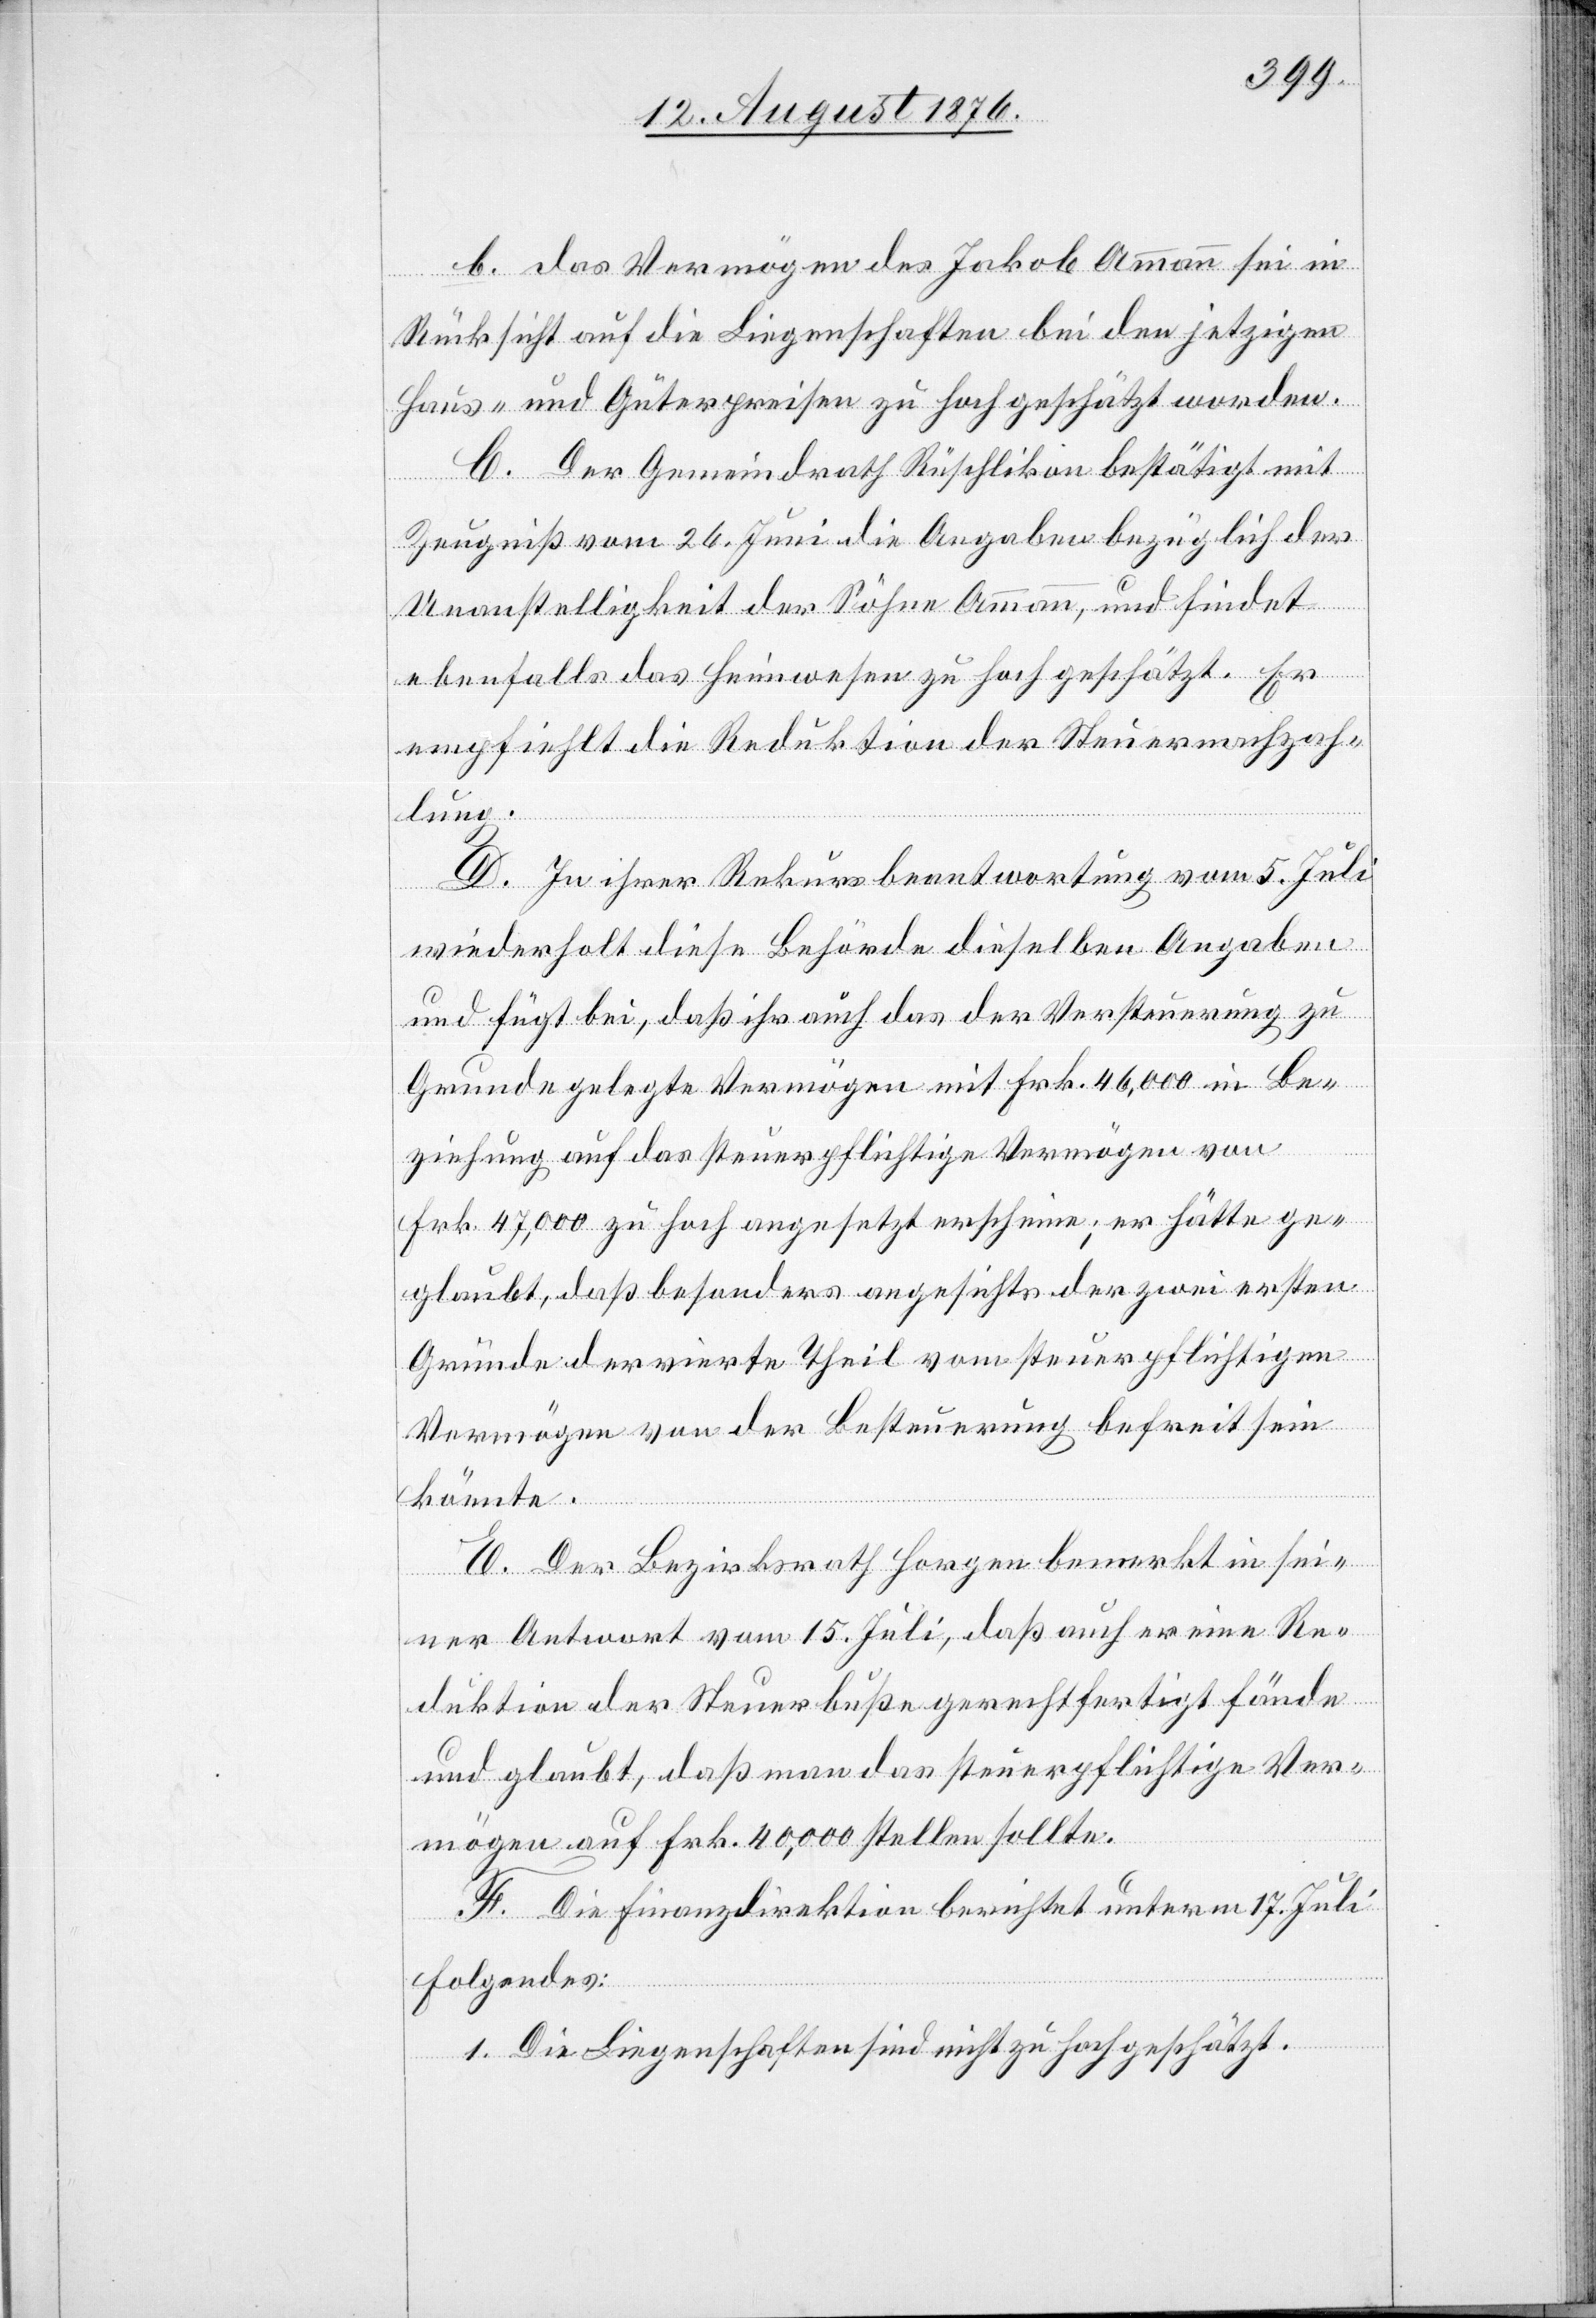
b. das Vermögen des Jakob Ammann sei in
Rücksicht auf die Liegenschaften bei den jetzigen
Haus- und Güterpreisen zu hoch geschätzt worden.
C. Der Gemeindrath Rüschlikon bestätigt mit
Zeugniß vom 26. Juni die Angaben bezüglich der
Unanstelligkeit der Söhne Ammann, und findet
ebenfalls das Heimwesen zu hoch geschätzt. Er
empfiehlt die Reduktion der Steuernachzah¬
lung.
D. In ihrer Rekursbeantwortung vom 5. Juli
wiederholt diese Behörde dieselben Angaben
und fügt bei, daß ihr auch das der Versteuerung zu
Grunde gelegte Vermögen mit Frk. 46,000 in Be¬
ziehung auf das steuerpflichtige Vermögen von
Frk. 47,000 zu hoch angesetzt erscheine; er hätte ge¬
glaubt, daß besonders angesichts der zwei ersten
Gründe der vierte Theil von steuerpflichtigen
Vermögen von der Besteuerung befreit sein
könnte.
E. Der Bezirksrath Horgen bemerkt in sei¬
ner Antwort vom 15. Juli, daß auch er eine Re¬
duktion der Steuerbuße gerechtfertigt fände
und glaubt, daß man das steuerpflichtige Ver¬
mögen auf Frk. 40,000 stellen sollte.
F. Die Finanzdirektion berichtet unterm 17. Juli
Folgendes:
1. Die Liegenschaften sind nicht zu hoch geschätzt.